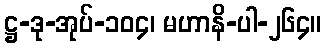
ဋ္ဌ-ဒု-အုပ်-၁၀၄၊ မဟာနိ-ပါ-၂၆၄။